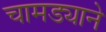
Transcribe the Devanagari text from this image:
चामड्याने